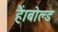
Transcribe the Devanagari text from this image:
हैं।बोल्ड